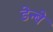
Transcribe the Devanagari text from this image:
डेन्बे